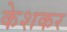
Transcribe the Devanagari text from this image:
केशकर